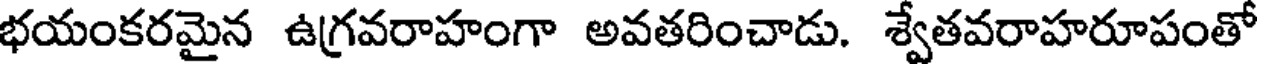
భయంకరమైన ఉగ్రవరాహంగా అవతరించాడు. శ్వేతవరాహరూపంతో